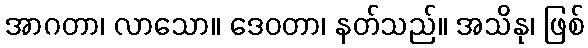
အာဂတာ၊ လာသော။ ဒေဝတာ၊ နတ်သည်။ အသိနု၊ ဖြစ်